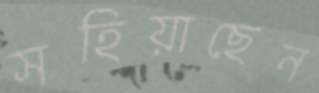
সহিয়াছেন